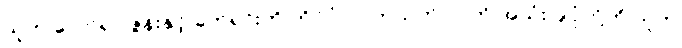
သူက လော်ရာ ဇွန်းနှင့် ခက်ရင်းကို ကိုင်ပုံ၊ လက်သုတ်ပဝါကို အသုံးပြုပုံတို့ကို သူက